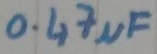
Text: 0.47µF